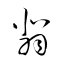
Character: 翡